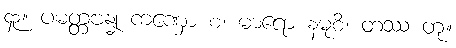
၄၃။ ပမတ္တဗန္ဓု ကဏှော စ၊ မာရော နမုစိ၊ တဿ တု။